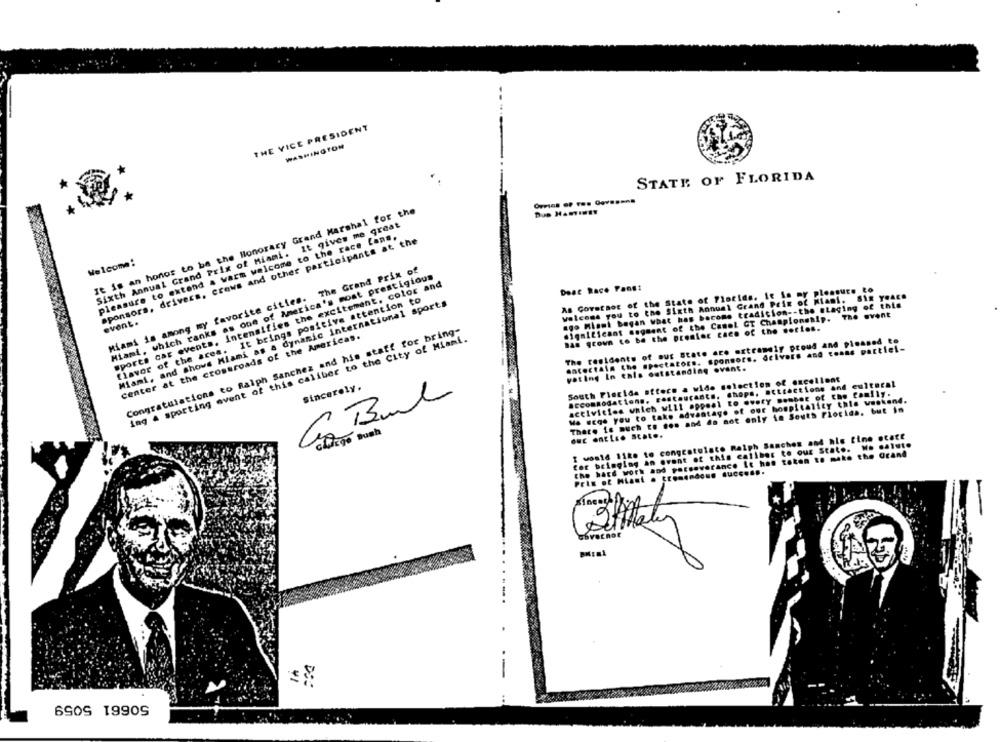
THE VICE PRESIDENT
WASHINGTON
STATE OF FLORIDA
It is an honor to be the Honorary Grand Marshal for the
Sixth Annual Grand Prix of Miami. It gives me great
pleasure to extend & warm welcome to the race Lans,
sponsors, drivers. crews and other participants at the
Welcome:
Miami is among my favorite cities. The Grand Prix of
Miami, which ranks as one of America's most prestigious
Sports car events. intensifies the excitement, color and
Deac Race Fans:
As Governor of the State of Florida. it is my pleasure to
welcome you to the Sixth Annual Grand Prix of Miami. Six years
flavor of the area. It brings positive attention to
Miami, and shows Miami as a dynamic international sports
ago Miami began what has become tradition -- the ataging of this
event.
significant segment of the Camel GT Championship. The event
has grown to be the premier caen of the socios.
center at the crossroads of the Americas.
Congratulations to Ralph Sanchez and his staff for bring-
ing & sporting event of this caliber to the City of Miami.
The residents of sus state are extremely proud and pleased to
entertain the spectators. sponsors. drivers and tenne partiel-
vating In enis outstanding ovant.
South Florida sitoce a wide selection of excellent
sincerely.
accommodations, restaurants, chops, attractions and cultural
activities which will appeal to every member of the Camlly.
Co Bull
Ma Wege you to take advantage of our hospitality this weekend.
There is much E. . os and do not only in South Florida. but in
I would like to congratulate Ralph Sanchos and his tine otate
our entLio state.
for bringing an event of this caliber to our State. W. .. i.t.
the hard work and perseverance it has taken to make the Orand
Prix of Miast . tremendous Cucc ....
2
50661 5059